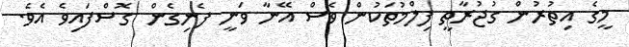
މީގެ އިތުރުން ގުޖުރާތީ ފިލްމުތަކުން ވެސް އޭނާ ވަނީ ފެނިގެން ގޮސްފައިވެ އެވެ.